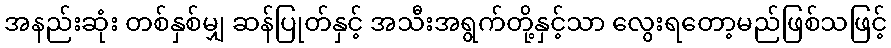
အနည်းဆုံး တစ်နှစ်မျှ ဆန်ပြုတ်နှင့် အသီးအရွက်တို့နှင့်သာ လွေးရတော့မည်ဖြစ်သဖြင့်